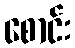
စောင်း